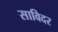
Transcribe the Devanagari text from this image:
साविदर